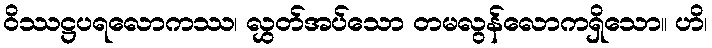
ဝိဿဋ္ဌပရလောကဿ၊ လွှတ်အပ်သော တမလွန်လောကရှိသော။ ဟိ၊